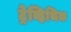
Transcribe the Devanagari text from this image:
ट्रेव्हिथिक